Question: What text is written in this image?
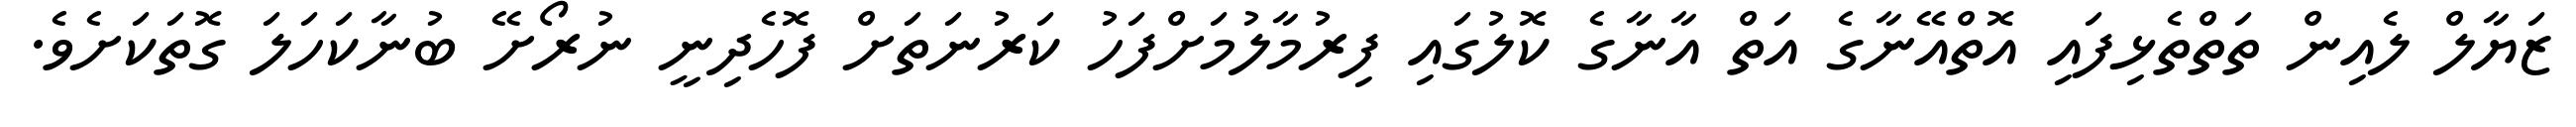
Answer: ޒަޔާލް ލެއިން ތަތްތެޅިފައި އޮތްއޭނާގެ އަތް އާނާގެ ކޮލުގައި ފިރުމާލުމަށްފަހު ކަރުނަތަށް ފޮހެދިނީ ނުރޯށޭ ބުނާކަހަލަ ގޮތަކަށެވެ.